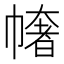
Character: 𢄳